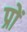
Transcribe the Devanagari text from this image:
प्रों